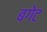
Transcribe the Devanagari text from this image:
बगेट